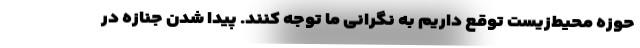
حوزه محیط‌زیست توقع داریم به نگرانی ما توجه کنند. پیدا شدن جنازه در